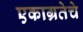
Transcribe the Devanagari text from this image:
एकाग्रतेचे